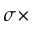
\sigma \times